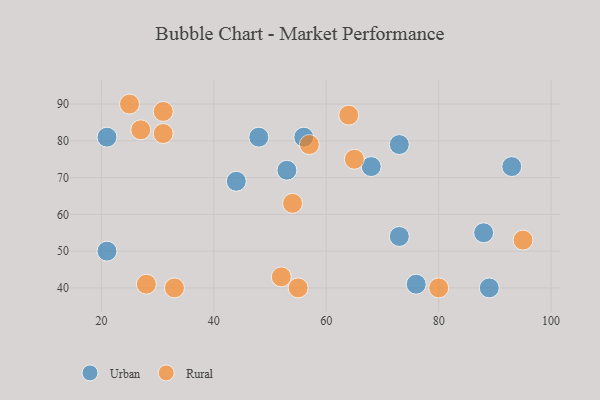
{"axis": {"x": "GDP", "y": "Life Expectancy"}, "legend": ["Rural", "Urban"], "data": [{"x": "48", "y": 81, "type": "Urban"}, {"x": "73", "y": 54, "type": "Urban"}, {"x": "93", "y": 73, "type": "Urban"}, {"x": "88", "y": 55, "type": "Urban"}, {"x": "89", "y": 40, "type": "Urban"}, {"x": "76", "y": 41, "type": "Urban"}, {"x": "56", "y": 81, "type": "Urban"}, {"x": "73", "y": 79, "type": "Urban"}, {"x": "44", "y": 69, "type": "Urban"}, {"x": "21", "y": 50, "type": "Urban"}, {"x": "68", "y": 73, "type": "Urban"}, {"x": "53", "y": 72, "type": "Urban"}, {"x": "21", "y": 81, "type": "Urban"}, {"x": "55", "y": 40, "type": "Rural"}, {"x": "80", "y": 40, "type": "Rural"}, {"x": "64", "y": 87, "type": "Rural"}, {"x": "25", "y": 90, "type": "Rural"}, {"x": "33", "y": 40, "type": "Rural"}, {"x": "54", "y": 63, "type": "Rural"}, {"x": "65", "y": 75, "type": "Rural"}, {"x": "31", "y": 82, "type": "Rural"}, {"x": "27", "y": 83, "type": "Rural"}, {"x": "52", "y": 43, "type": "Rural"}, {"x": "95", "y": 53, "type": "Rural"}, {"x": "31", "y": 88, "type": "Rural"}, {"x": "57", "y": 79, "type": "Rural"}, {"x": "28", "y": 41, "type": "Rural"}]}